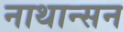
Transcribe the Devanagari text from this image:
नाथान्सन